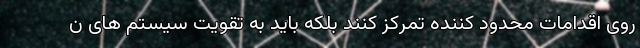
روی اقدامات محدود کننده تمرکز کنند بلکه باید به تقویت سیستم های ن